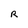
Character: R